Observations on rabies - Number 36
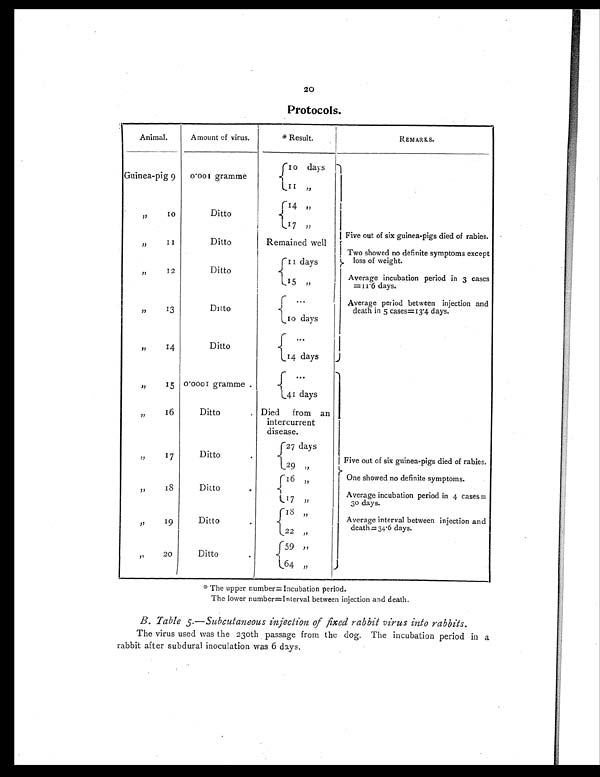
20
Protocols .
Animal.
Amount of virus.
* Result.
REMARKS.
Guinea-pig 9 0.001 gramme
10 days 1
1 1
„
, , 1 0
Ditto
14 „
1 7
, ,
, , 1 1
Ditto
Remained well
Five out of six guinea-pigs died of rabies.
, , 1 2
Ditto
1 1 d a y s
Two showed no definite symptoms except
loss of weight.
1 5
„
Average incubation period in 3 cases
=11 6 days
,, 13
Ditto
. . .
Average period between injection and
death in 5 cases=13.4 days.
l0 days
,, 14
Ditto
. . .
14 days
,, 15 0.0001 gramme .
. . .
41 days
, , 1 6
Ditto
Died from an
intercurrent
disease.
,, 17
Ditto
27 days
Five out of six guinea-pigs died of rabies.
29 „
,, 18
Ditto
16 ,,
One showed no definite symptoms.
1 7
, ,
Average incubation period in 4 cases=
30 days.
,, 19
Ditto
18 „
Average interval between injection and
death = 34.6 days.
2 2
„
,, 20
Ditto
59 ,,
6 4
„
* T h e u p p e r n u m b e r = I n c u b a t i o n p e r i o d .
The lower number=Interval between injection and death.
B. Table 5 .— Subcutaneous injection of fixed rabbit virus into rabbits.
The virus used was the 230th passage from the dog. The incubation period in a
rabbit after subdural inoculation was 6 days.